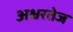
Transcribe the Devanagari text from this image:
अक्षरतेज